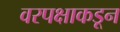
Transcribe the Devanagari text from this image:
वरपक्षाकडून